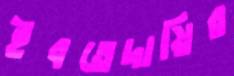
ইবতেদায়ির